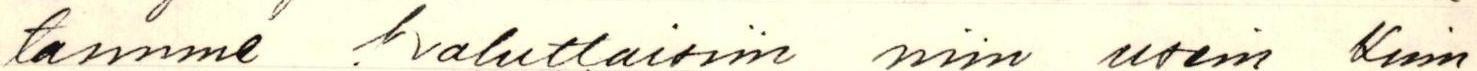
tamme haluttaisiin niin usein Kuin